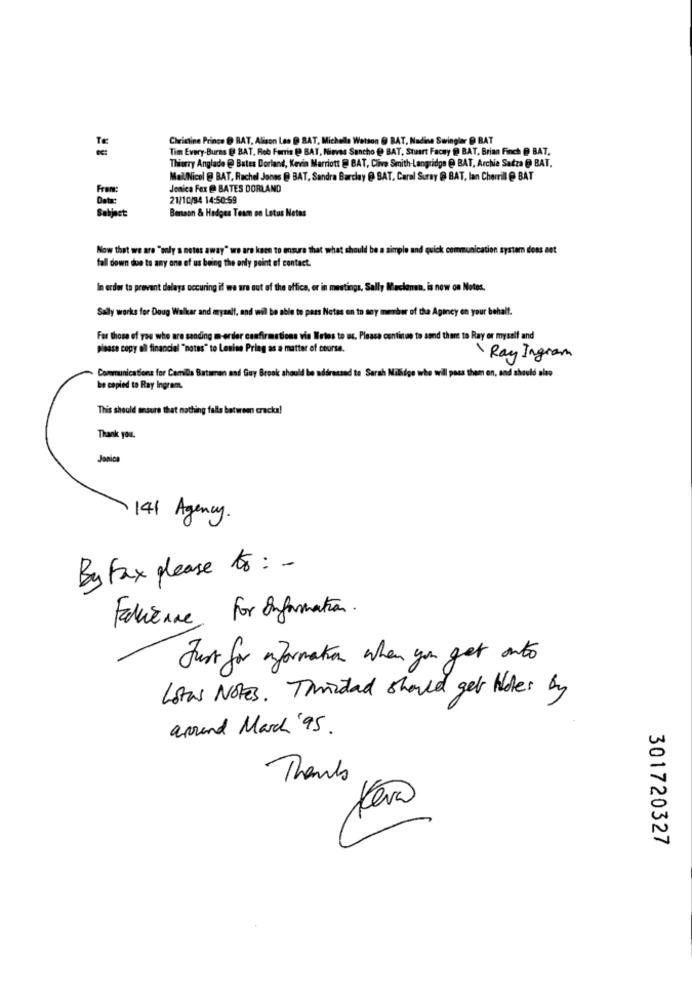
Christine Prince @ BAT, Alison Les @ BAT, Michelle Watson @ BAT, Nadine Swinglar @ BAT
Tim Every-Burns @ BAT, Rob Ferris @ BAT, Nievas Sancho @ BAT, Stuart Facey @ BAT, Brian Finch @ BAT,
Thierry Anglade @ Bates Dorland, Kevin Marriott @ BAT, Clive Smith-Langridge @ BAT, Archie Satza @ BAT,
MalNicol @ BAT, Rachel Jones @ BAT, Sandra Barclay @ BAT, Carel Suray @ BAT, lan Cherrill @ BAT
Jonica Fox @ BATES DORLAND
21/10/94 14:50:59
Benson & Hedges Team on Lotus Notes
Now that we are "only s notes away" we are kace to ensure that what should be a simple and quick communication system does not
fall down due to any one of us being the only point of contact.
In order to prevent delays occuring if we are out of the effica, or in mestings, Sally Maclenan, is now on Notes.
Sally works for Doug Walker and mysalt, and will be able to pass Notas on to any member of the Agency en your behalf.
For those of you who are sanding m-order confirmations via Metes to us. Please continue to sond there to Ray or myself and
please copy all financiel "notes" to Lenise Pring as a matter of course.
Ray Ingram
Communications for Camila Bataman and Guy Brook should be addressed to Sarah Milidge who wil pass them on, and should also
be copied to Ray Ingram.
This should ensure that nothing falls between cracka!
Thank you.
Janica
141 Agency.
By Fax please to: -
Fallicane, For Information.
Just for information when you get auto
Lotus Notes. Thisdad should get Holes by
around March '95.
Thanks
Kara
301720327